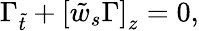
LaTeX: \Gamma_{\tilde{t}}+\left[\tilde{w}_{s}\Gamma\right]_{z}=0,